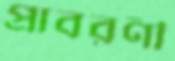
প্রাবরণী